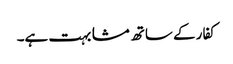
کفار کے ساتھ مشابہت ہے۔